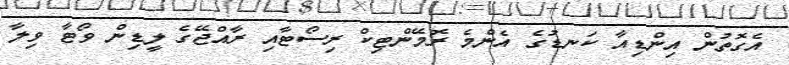
އެގޮތުން އިންޑިއާ ކަނޑުގެ އެންމެ ރޮމޭންޓިކް ރިސޯޓާއި ރާއްޖޭގެ ލީޑިން ވޯޓާ ވިލާ